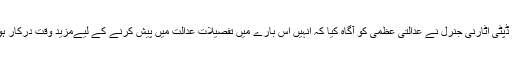
تاہم ڈپٹی اٹارنی جنرل نے عدالتی عظمیٰ کو آگاہ کیا کہ انہیں اس بارے میں تفصیلات عدالت میں پیش کرنے کے لیےمزید وقت درکار ہوگا۔